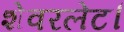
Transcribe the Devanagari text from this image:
शेवरलेट।